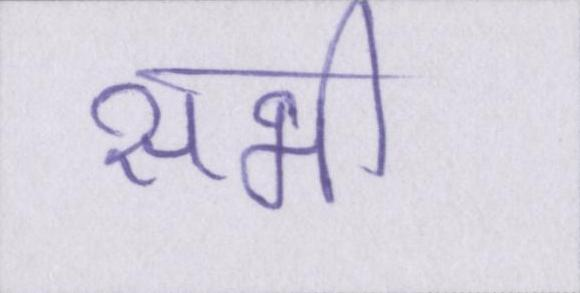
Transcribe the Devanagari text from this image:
सभी